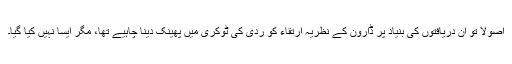
اصولاً تو ان دریافتوں کی بنیاد پر ڈاروِن کے نظریہ ارتقاء کو ردّی کی ٹوکری میں پھینک دینا چاہیے تھا، مگر ایسا نہیں کیا گیا۔